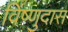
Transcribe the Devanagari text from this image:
विंष्णुदास